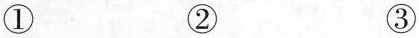
① ② ③